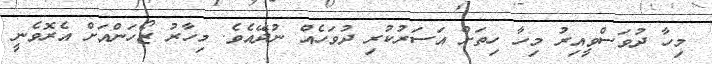
މިހާ ދުވަސްވީއިރު މިހާ ހިތަށް އަސަރުކުރި ދުވަހެއް ނުދޭއެވެ. މިހާރު ޒޯހަންއަށް އެރޮވެނީ